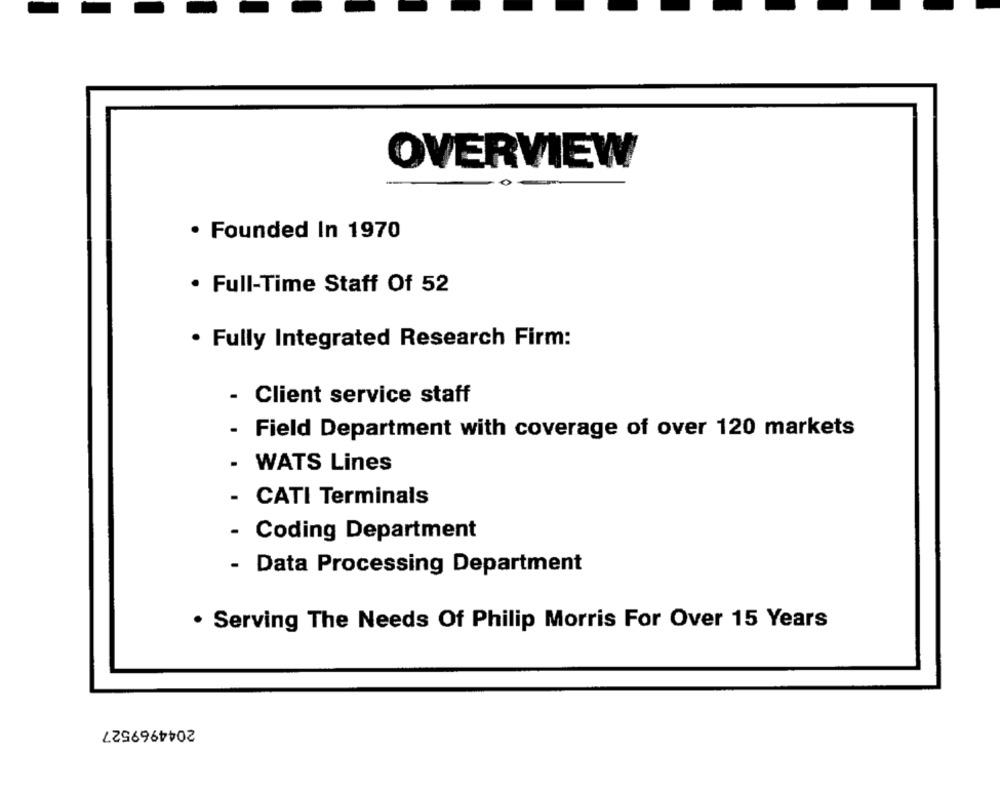
OVERVIEW
. Founded In 1970
· Full-Time Staff Of 52
· Fully Integrated Research Firm:
- Client service staff
- Field Department with coverage of over 120 markets
.
WATS Lines
-
CATI Terminals
- Coding Department
- Data Processing Department
. Serving The Needs Of Philip Morris For Over 15 Years
2044969527